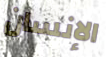
الإنسان